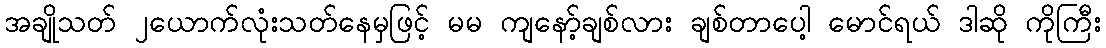
အချိုသတ် ၂ယောက်လုံးသတ်နေမှဖြင့် မမ ကျနော့်ချစ်လား ချစ်တာပေါ့ မောင်ရယ် ဒါဆို ကိုကြီး